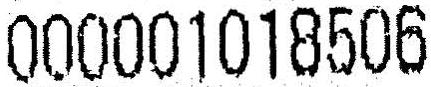
000001018506